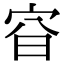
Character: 𡧼